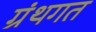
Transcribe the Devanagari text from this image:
ग्रंथगत